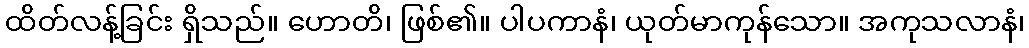
ထိတ်လန့်ခြင်း ရှိသည်။ ဟောတိ၊ ဖြစ်၏။ ပါပကာနံ၊ ယုတ်မာကုန်သော။ အကုသလာနံ၊